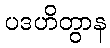
ပဒဟိတွာန